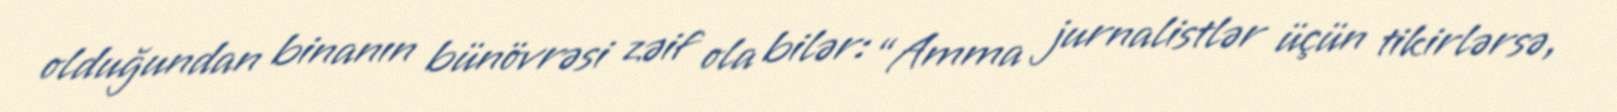
olduğundan binanın bünövrəsi zəif ola bilər: “Amma jurnalistlər üçün tikirlərsə,